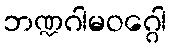
ဘဏ္ဍဂါမဝဂ္ဂေါ